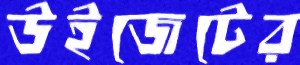
উইজেটের